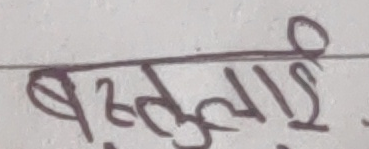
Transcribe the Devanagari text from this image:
वस्तुलाई